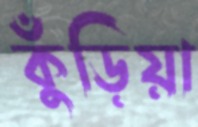
কুঁড়িয়া